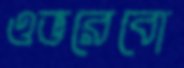
ওভরেবো